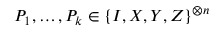
P _ { 1 } , \dots , P _ { k } \in \{ I , X , Y , Z \} ^ { \otimes n }